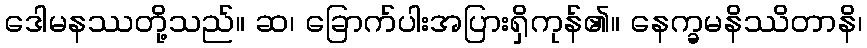
ဒေါမနဿတို့သည်။ ဆ၊ ခြောက်ပါးအပြားရှိကုန်၏။ နေက္ခမနိဿိတာနိ၊